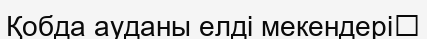
Қобда ауданы елді мекендері‎